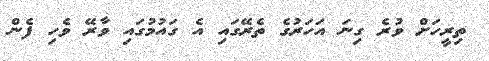
ތިރީހަށް ވުރެ ގިނަ އަހަރުގެ ތެރޭގައި އެ ގައުމުގައި ވާރޭ ވެހި ފެން